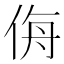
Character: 𰂉